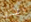
الذي